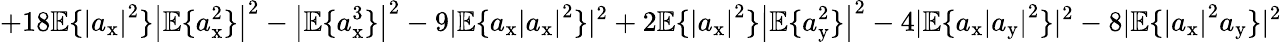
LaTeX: +18\mathbb{E}\{ \left|a_{\mathrm{x}}\right|^{2}\} \left|\mathbb{E}\{ a_{\mathrm{x}}^{2}\} \right|^{2}-\left|\mathbb{E}\{ a_{\mathrm{x}}^{3}\} \right|^{2}-9|\mathbb{E}\{ a_{\mathrm{x}}\left|a_{\mathrm{x}}\right|^{2}\} |^{2}+2\mathbb{E}\{ \left|a_{\mathrm{x}}\right|^{2}\} \left|\mathbb{E}\{ a_{\mathrm{y}}^{2}\} \right|^{2}-4|\mathbb{E}\{ a_{\mathrm{x}}\left|a_{\mathrm{y}}\right|^{2}\} |^{2}-8|\mathbb{E}\{ \left|a_{\mathrm{x}}\right|^{2}a_{\mathrm{y}}\} |^{2}